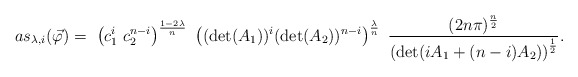
\begin{align*}as_{\lambda, i} (\vec \varphi) = \ \left( c_1^{i} \ c_2^{n-i} \right)^{\frac{1 - 2 \lambda}{n}} \ \left( (\det(A_1))^{i} ( \det(A_2) )^{n-i} \right)^{\frac{\lambda}{n}} \ \frac{( 2 n \pi)^{\frac{n}{2}}}{ \left( \det( i A_1 + (n-i) A_2) \right)^{\frac{1}{2}}}.\end{align*}